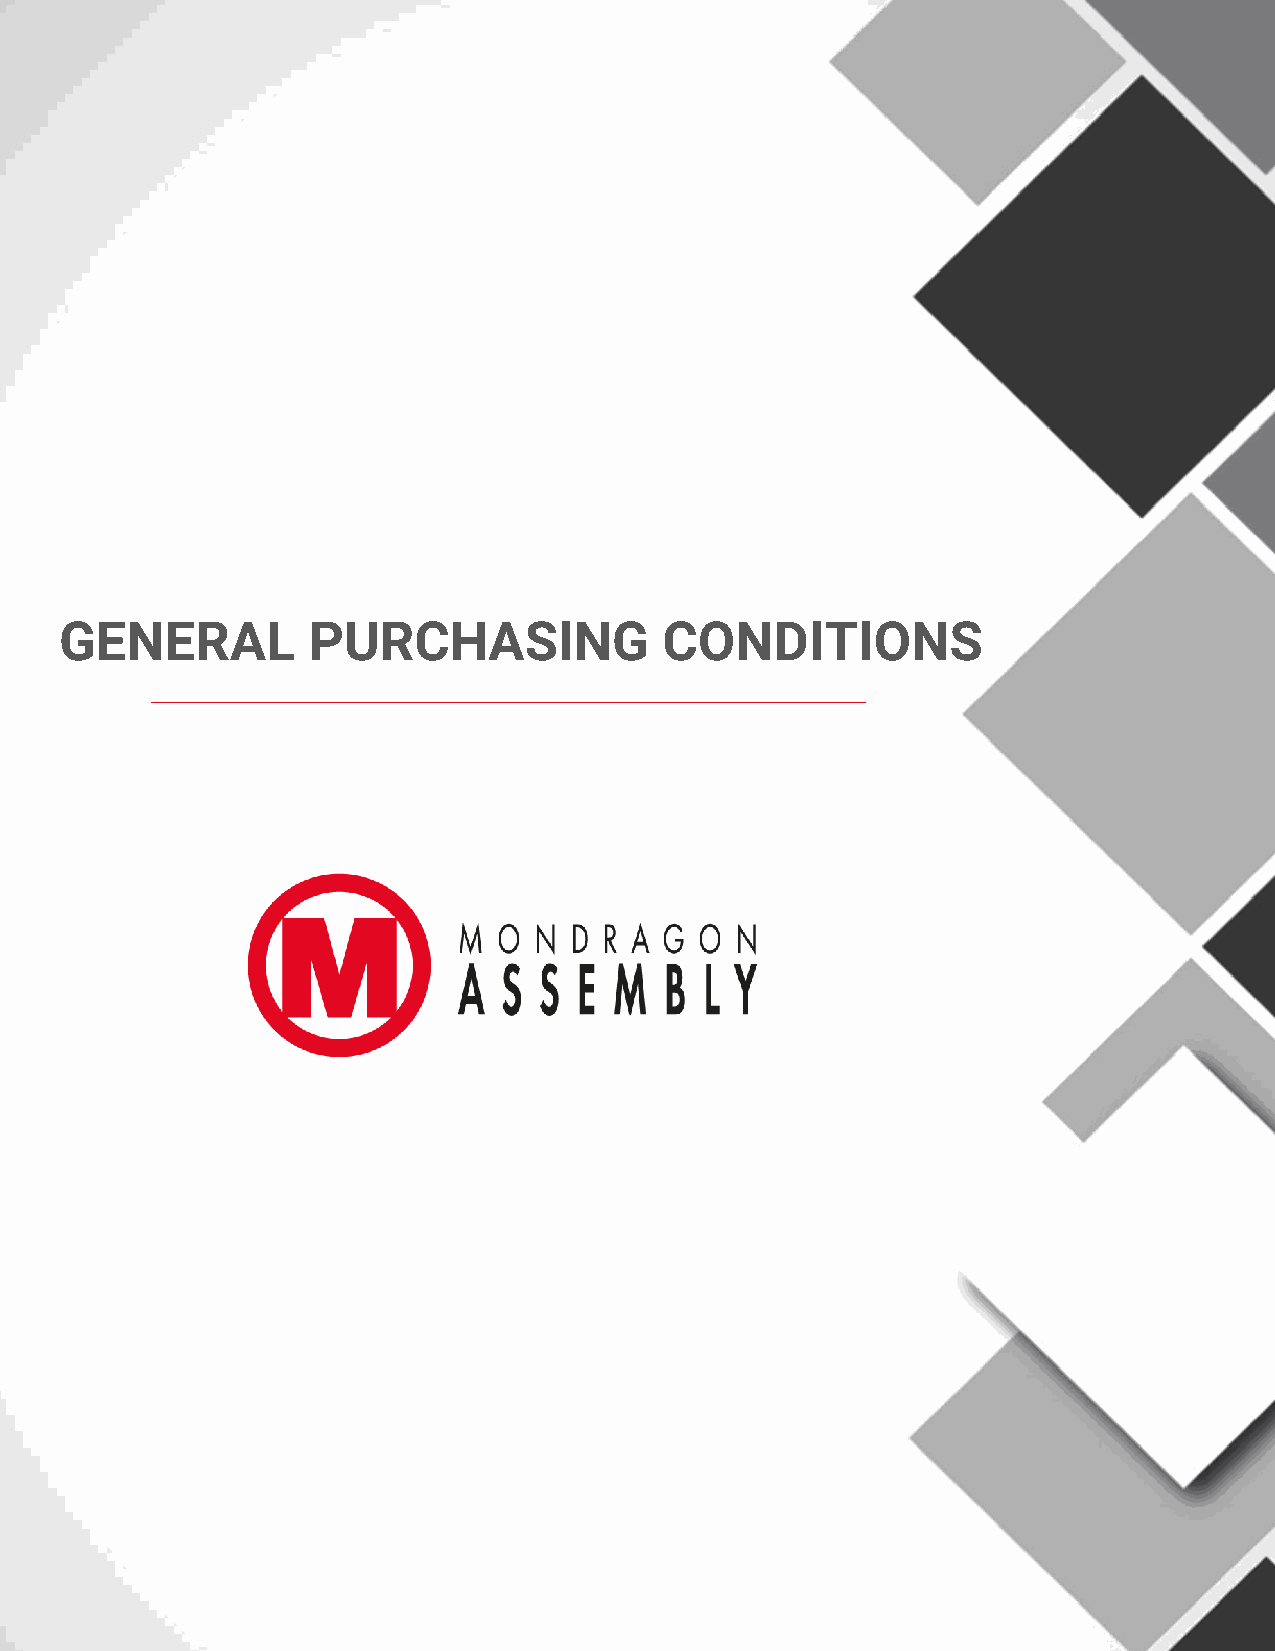
GENERAL         PURCHASING              CONDITIONS